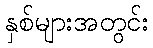
နှစ်များအတွင်း